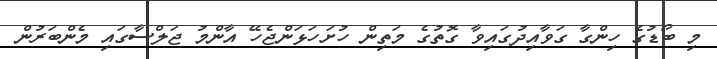
މި ބޯޑުގެ ހިންގާ ގަވާއިދުގައިވާ ގޮތުގެ މަތިން ހުށަހަޅަންޖެހޭ އާންމު ޖަލްސާގައި މެންބަރުން